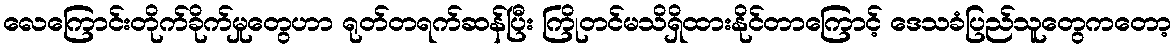
လေကြောင်းတိုက်ခိုက်မှုတွေဟာ ရုတ်တရက်ဆန်ပြီး ကြိုတင်မသိရှိထားနိုင်တာကြောင့် ဒေသခံပြည်သူတွေကတော့